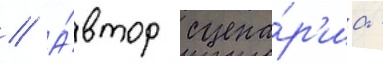
// А́втор сцена́р'иа -